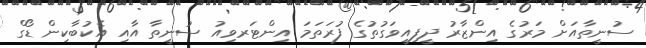
ސުނީތާއަށް މަރުގެ އިންޒާރު ދީފިއީވަގުތުގެ ފުރަތަމަ އިންޓަރވިއު ސުނީތާ އާއި އެކުބާކިން ޑޯގް